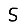
Digit: 5